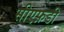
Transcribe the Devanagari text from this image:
सीएफ़डी